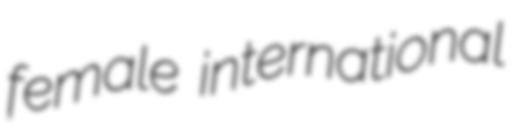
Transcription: female international